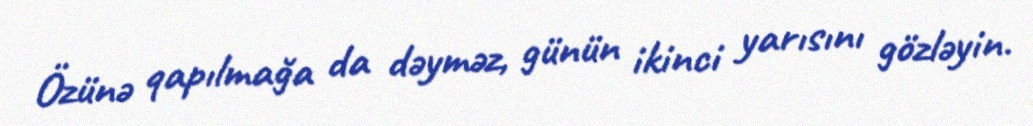
Özünə qapılmağa da dəyməz, günün ikinci yarısını gözləyin.